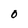
Character: 0